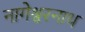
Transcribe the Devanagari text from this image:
नागेश्वरनाथ